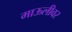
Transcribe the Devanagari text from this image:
माऊलीवर